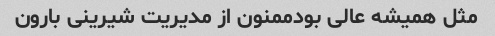
مثل همیشه عالی بودممنون از مدیریت شیرینی بارون